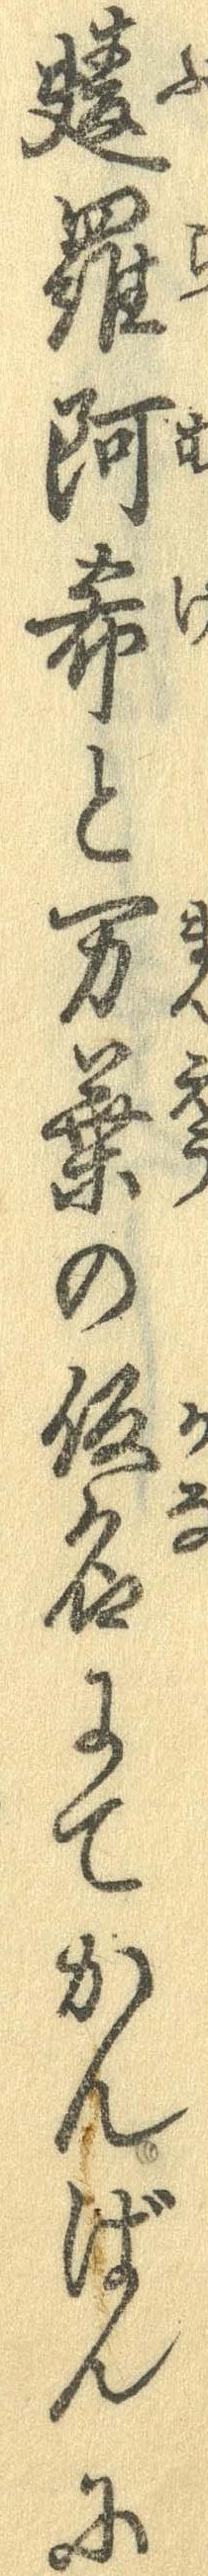
麩羅阿希と万葉の仮名にてかんばんに